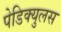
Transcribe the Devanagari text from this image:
पेडिक्युलस